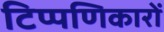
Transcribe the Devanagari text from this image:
टिप्पणिकारों